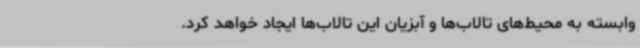
وابسته به محیط‌های تالاب‌ها و آبزیان این تالاب‌ها ایجاد خواهد کرد.